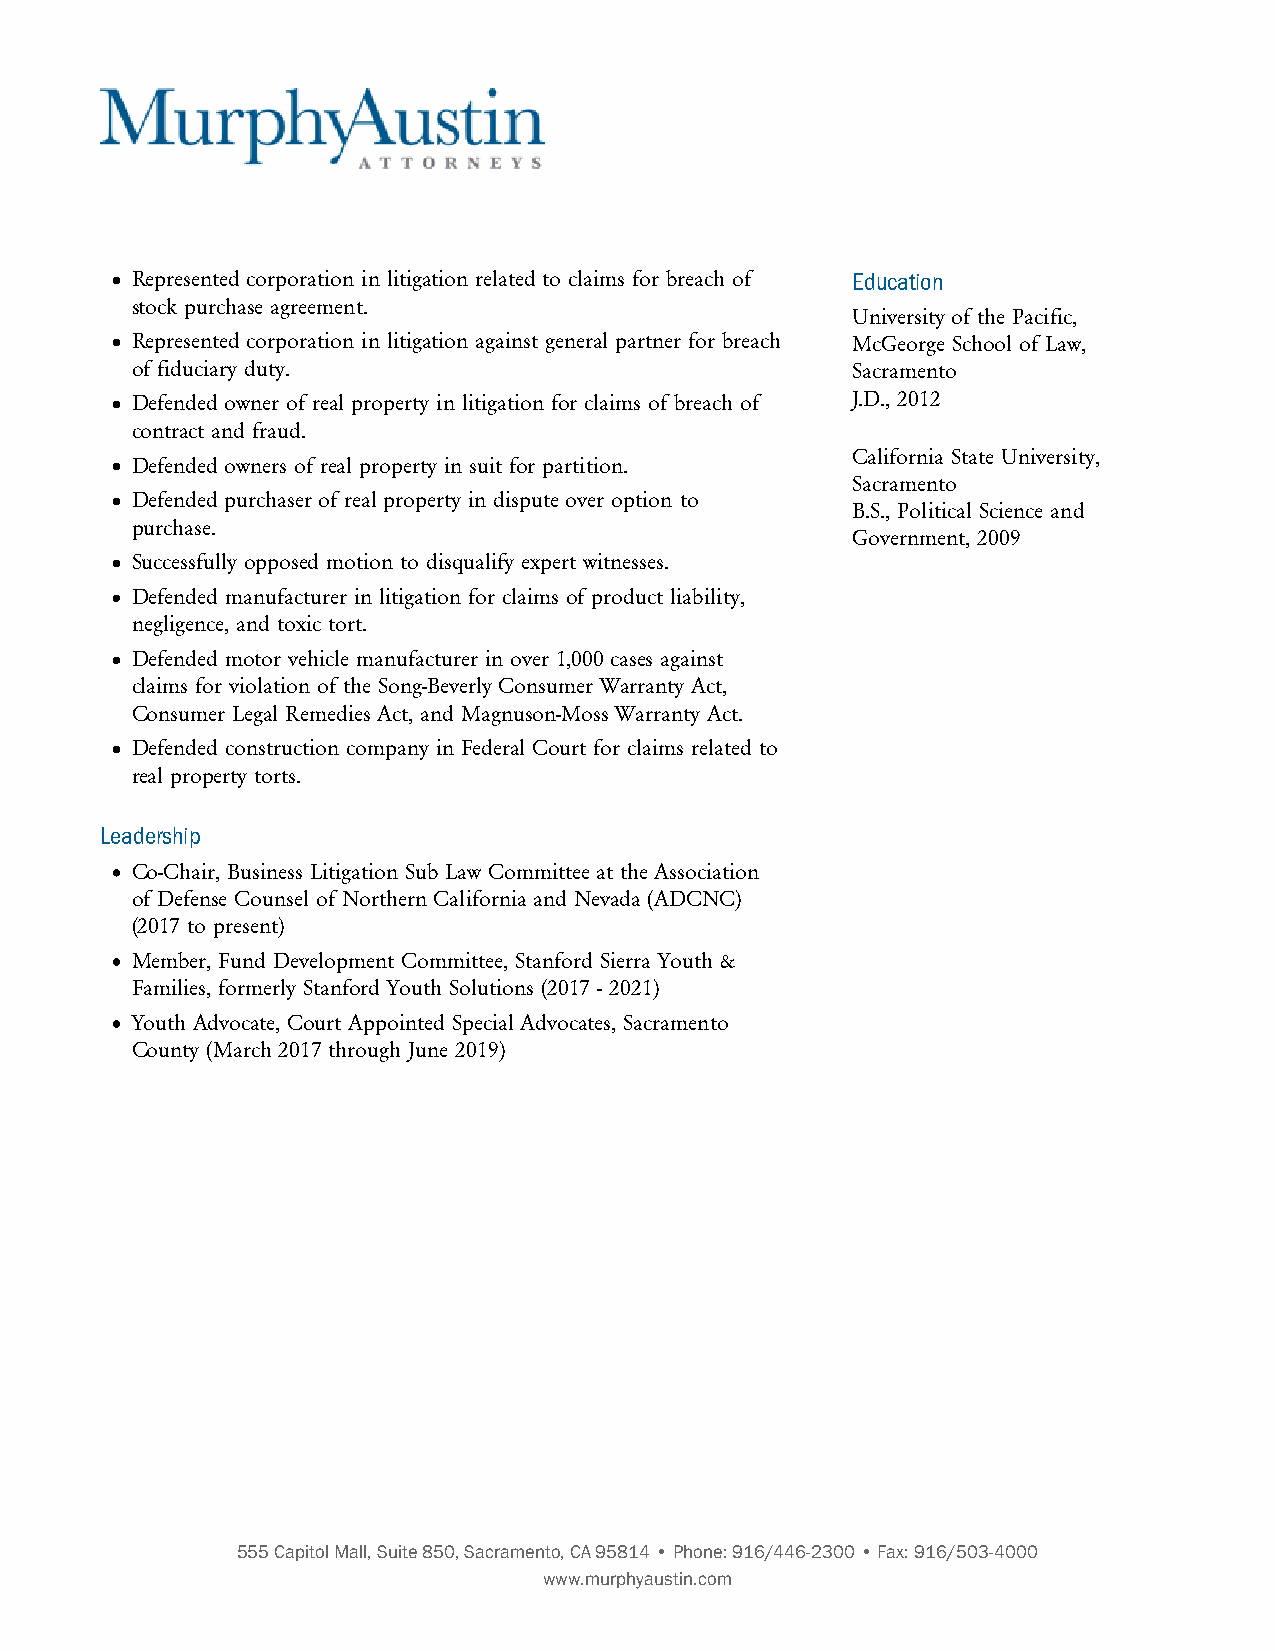
Represented corporation in litigation related to claims for breach of Education
 stock purchase agreement.
 University of the Pacific,
 Represented corporation in litigation against general partner for breach McGeorge School of Law,
 of fiduciary duty.                             Sacramento
 Defended owner of real property in litigation for claims of breach of J.D., 2012
 contract and fraud.
 California State University,
 Defended owners of real property in suit for partition.
 Sacramento
 Defended purchaser of real property in dispute over option to
 B.S., Political Science and
 purchase.
 Government, 2009
 Successfully opposed motion to disqualify expert witnesses.
 Defended manufacturer in litigation for claims of product liability,
 negligence, and toxic tort.
 Defended motor vehicle manufacturer in over 1,000 cases against
 claims for violation of the Song-Beverly Consumer Warranty Act,
 Consumer Legal Remedies Act, and Magnuson-Moss Warranty Act.
 Defended construction company in Federal Court for claims related to
 real property torts.
 Leadership
 Co-Chair, Business Litigation Sub Law Committee at the Association
 of Defense Counsel of Northern California and Nevada (ADCNC)
 (2017 to present)
 Member, Fund Development Committee, Stanford Sierra Youth &
 Families, formerly Stanford Youth Solutions (2017 - 2021)
 Youth Advocate, Court Appointed Special Advocates, Sacramento
 County (March 2017 through June 2019)
 555 Capitol Mall, Suite 850, Sacramento, CA 95814 • Phone: 916/446-2300 • Fax: 916/503-4000
 www.murphyaustin.com